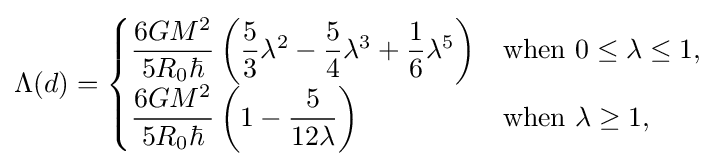
\Lambda (d)={\begin{cases}{\dfrac {6GM^{2}}{5R_{0}\hbar }}\left({\dfrac {5}{3}}\lambda ^{2}-{\dfrac {5}{4}}\lambda ^{3}+{\dfrac {1}{6}}\lambda ^{5}\right)&{\text{when }}0\leq \lambda \leq 1,\\{\dfrac {6GM^{2}}{5R_{0}\hbar }}\left(1-{\dfrac {5}{12\lambda }}\right)&{\text{when }}\lambda \geq 1,\end{cases}}